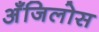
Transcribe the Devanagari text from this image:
अँजिलोस